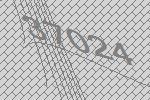
37024